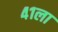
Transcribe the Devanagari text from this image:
४१ला